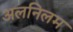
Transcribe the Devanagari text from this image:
अलनिलम